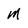
Character: M